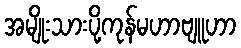
အမျိုးသားပို့ကုန်မဟာဗျူဟာ